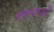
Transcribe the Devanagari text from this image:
समानतओं